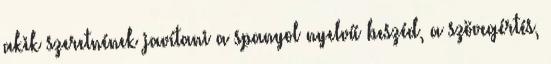
akik szeretnének javítani a spanyol nyelvű beszéd, a szövegértés,